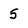
Character: 5